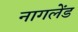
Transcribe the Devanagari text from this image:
नागलेंड